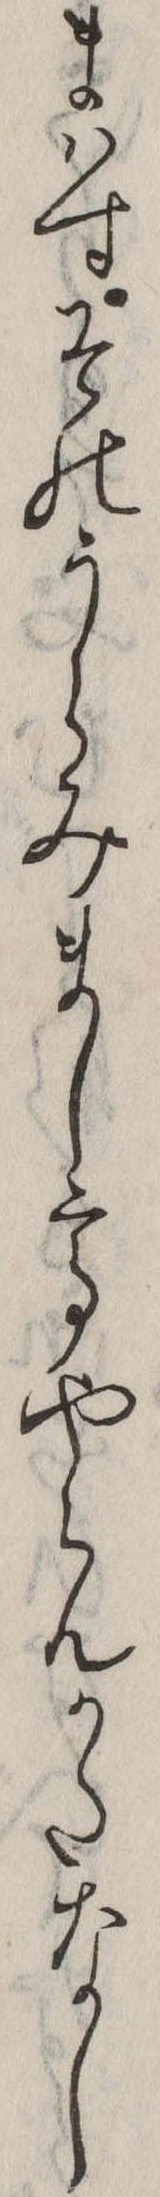
まはすそのうらみましてやらんかたなし